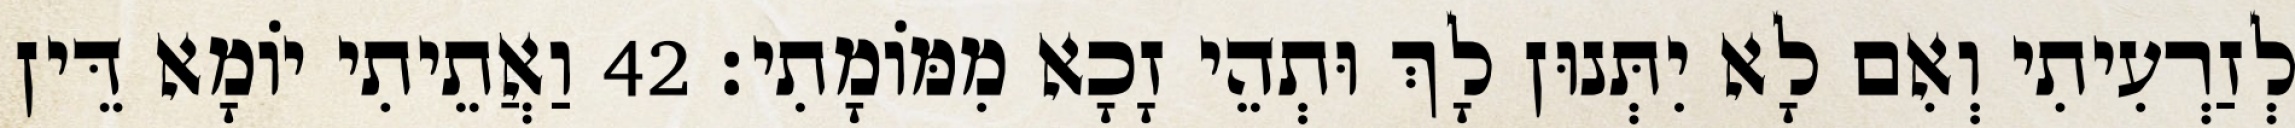
לְזַרְעִיתִי וְאִם לָא יִתְּנוּן לָךְ וּתְהֵי זָכָא מִמּוֹמָתִי׃ 42 וַאֲתֵיתִי יוֹמָא דֵּין